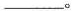
___。